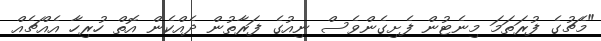
"މެޗުގެ ފުރަތަމަ މިނެޓުން ފެށިގެންވެސް ނިއުގެ ފަރާތުން ދެއްކެން އޮތް ހުރިހާ އެއްޗެއް